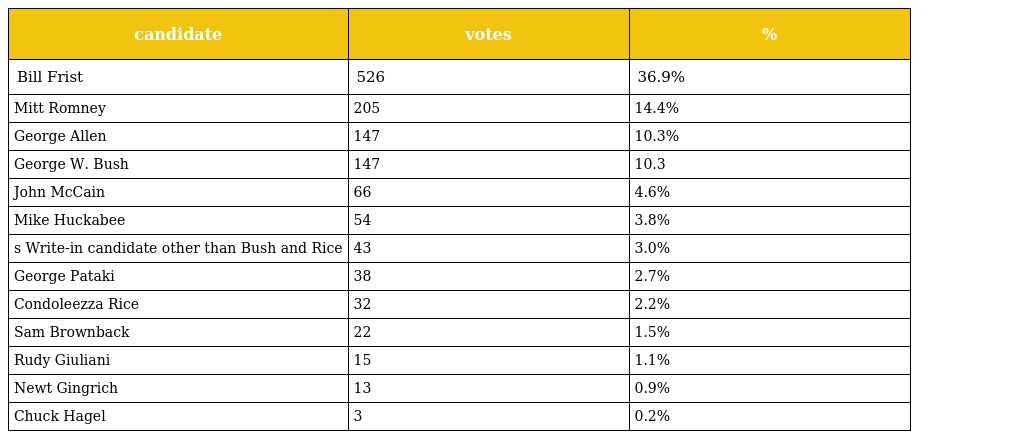
| candidate | votes | % |
 | --- | --- | --- |
 | Bill Frist | 526 | 36.9% |
 | Mitt Romney | 205 | 14.4% |
 | George Allen | 147 | 10.3% |
 | George W. Bush | 147 | 10.3 |
 | John McCain | 66 | 4.6% |
 | Mike Huckabee | 54 | 3.8% |
 | s Write-in candidate other than Bush and Rice | 43 | 3.0% |
 | George Pataki | 38 | 2.7% |
 | Condoleezza Rice | 32 | 2.2% |
 | Sam Brownback | 22 | 1.5% |
 | Rudy Giuliani | 15 | 1.1% |
 | Newt Gingrich | 13 | 0.9% |
 | Chuck Hagel | 3 | 0.2% |